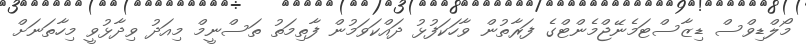
މޯލްޑިވްސް ޑިޒާސްޓަމެނޭޖްމެންޓްގެ ފަރާތުން ވާހަކަފުޅު ދައްކަވަމުން ފާތިމަތު ތަސްނީމް މިއަދު ވިދާޅުވީ މިހާތަނަށް